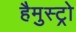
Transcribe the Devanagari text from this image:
हैमुस्ट्रो